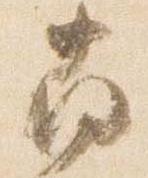
南